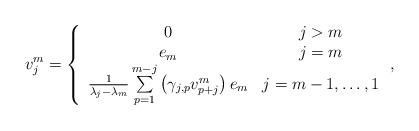
LaTeX: \begin{align*}v_j^m = \left\{ {\begin{array}{*{20}c} 0 & {j > m} \\ {e_m } & {j = m} \\ {\frac{1}{{\lambda _j - \lambda _m }}\sum\limits_{p = 1}^{m - j} {\left( {\gamma _{j,p} v_{p + j}^m } \right)e_m } } & {j = m - 1, \ldots ,1} \\\end{array}} \right.,\end{align*}